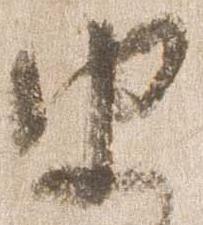
由